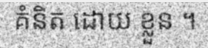
គំនិត ដោយ ខ្លួន ។